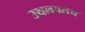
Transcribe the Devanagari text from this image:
उथलपलथ